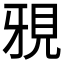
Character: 𮗍